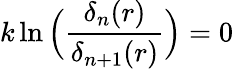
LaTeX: k\ln\Big({\frac{\delta_{n}(r)}{\delta_{n+1}(r)}}\Big)=0